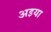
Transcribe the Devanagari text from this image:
अइया